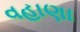
વહાણા